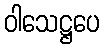
ဝါသေဋ္ဌပေ